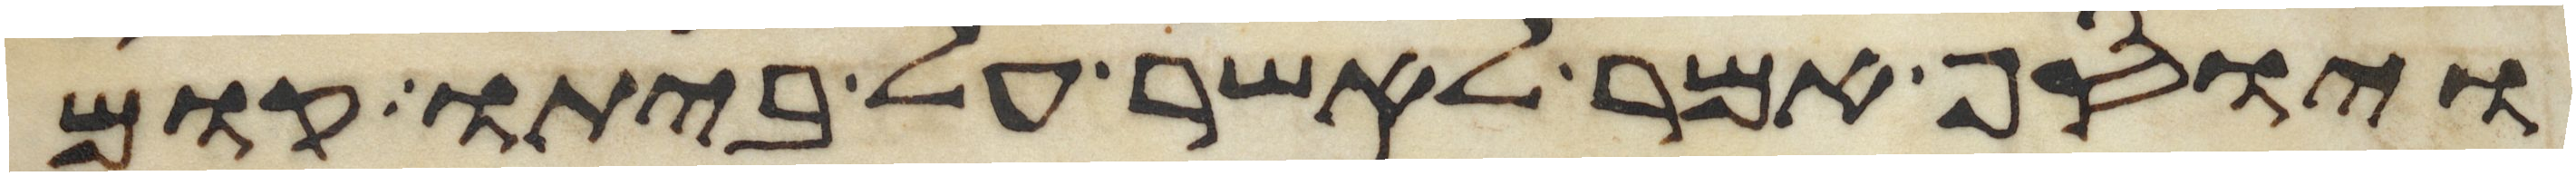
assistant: ויוסף אמר לאשר על ביתו קום